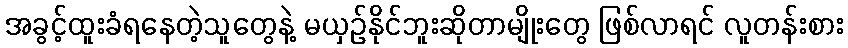
အခွင့်ထူးခံရနေတဲ့သူတွေနဲ့ မယှဉ်နိုင်ဘူးဆိုတာမျိုးတွေ ဖြစ်လာရင် လူတန်းစား